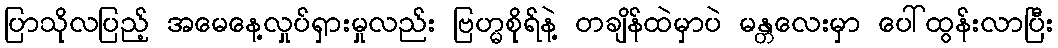
ပြာသိုလပြည့် အမေနေ့လှုပ်ရှားမှုလည်း ဗြဟ္မစိုရ်နဲ့ တချိန်ထဲမှာပဲ မန္တလေးမှာ ပေါ်ထွန်းလာပြီး